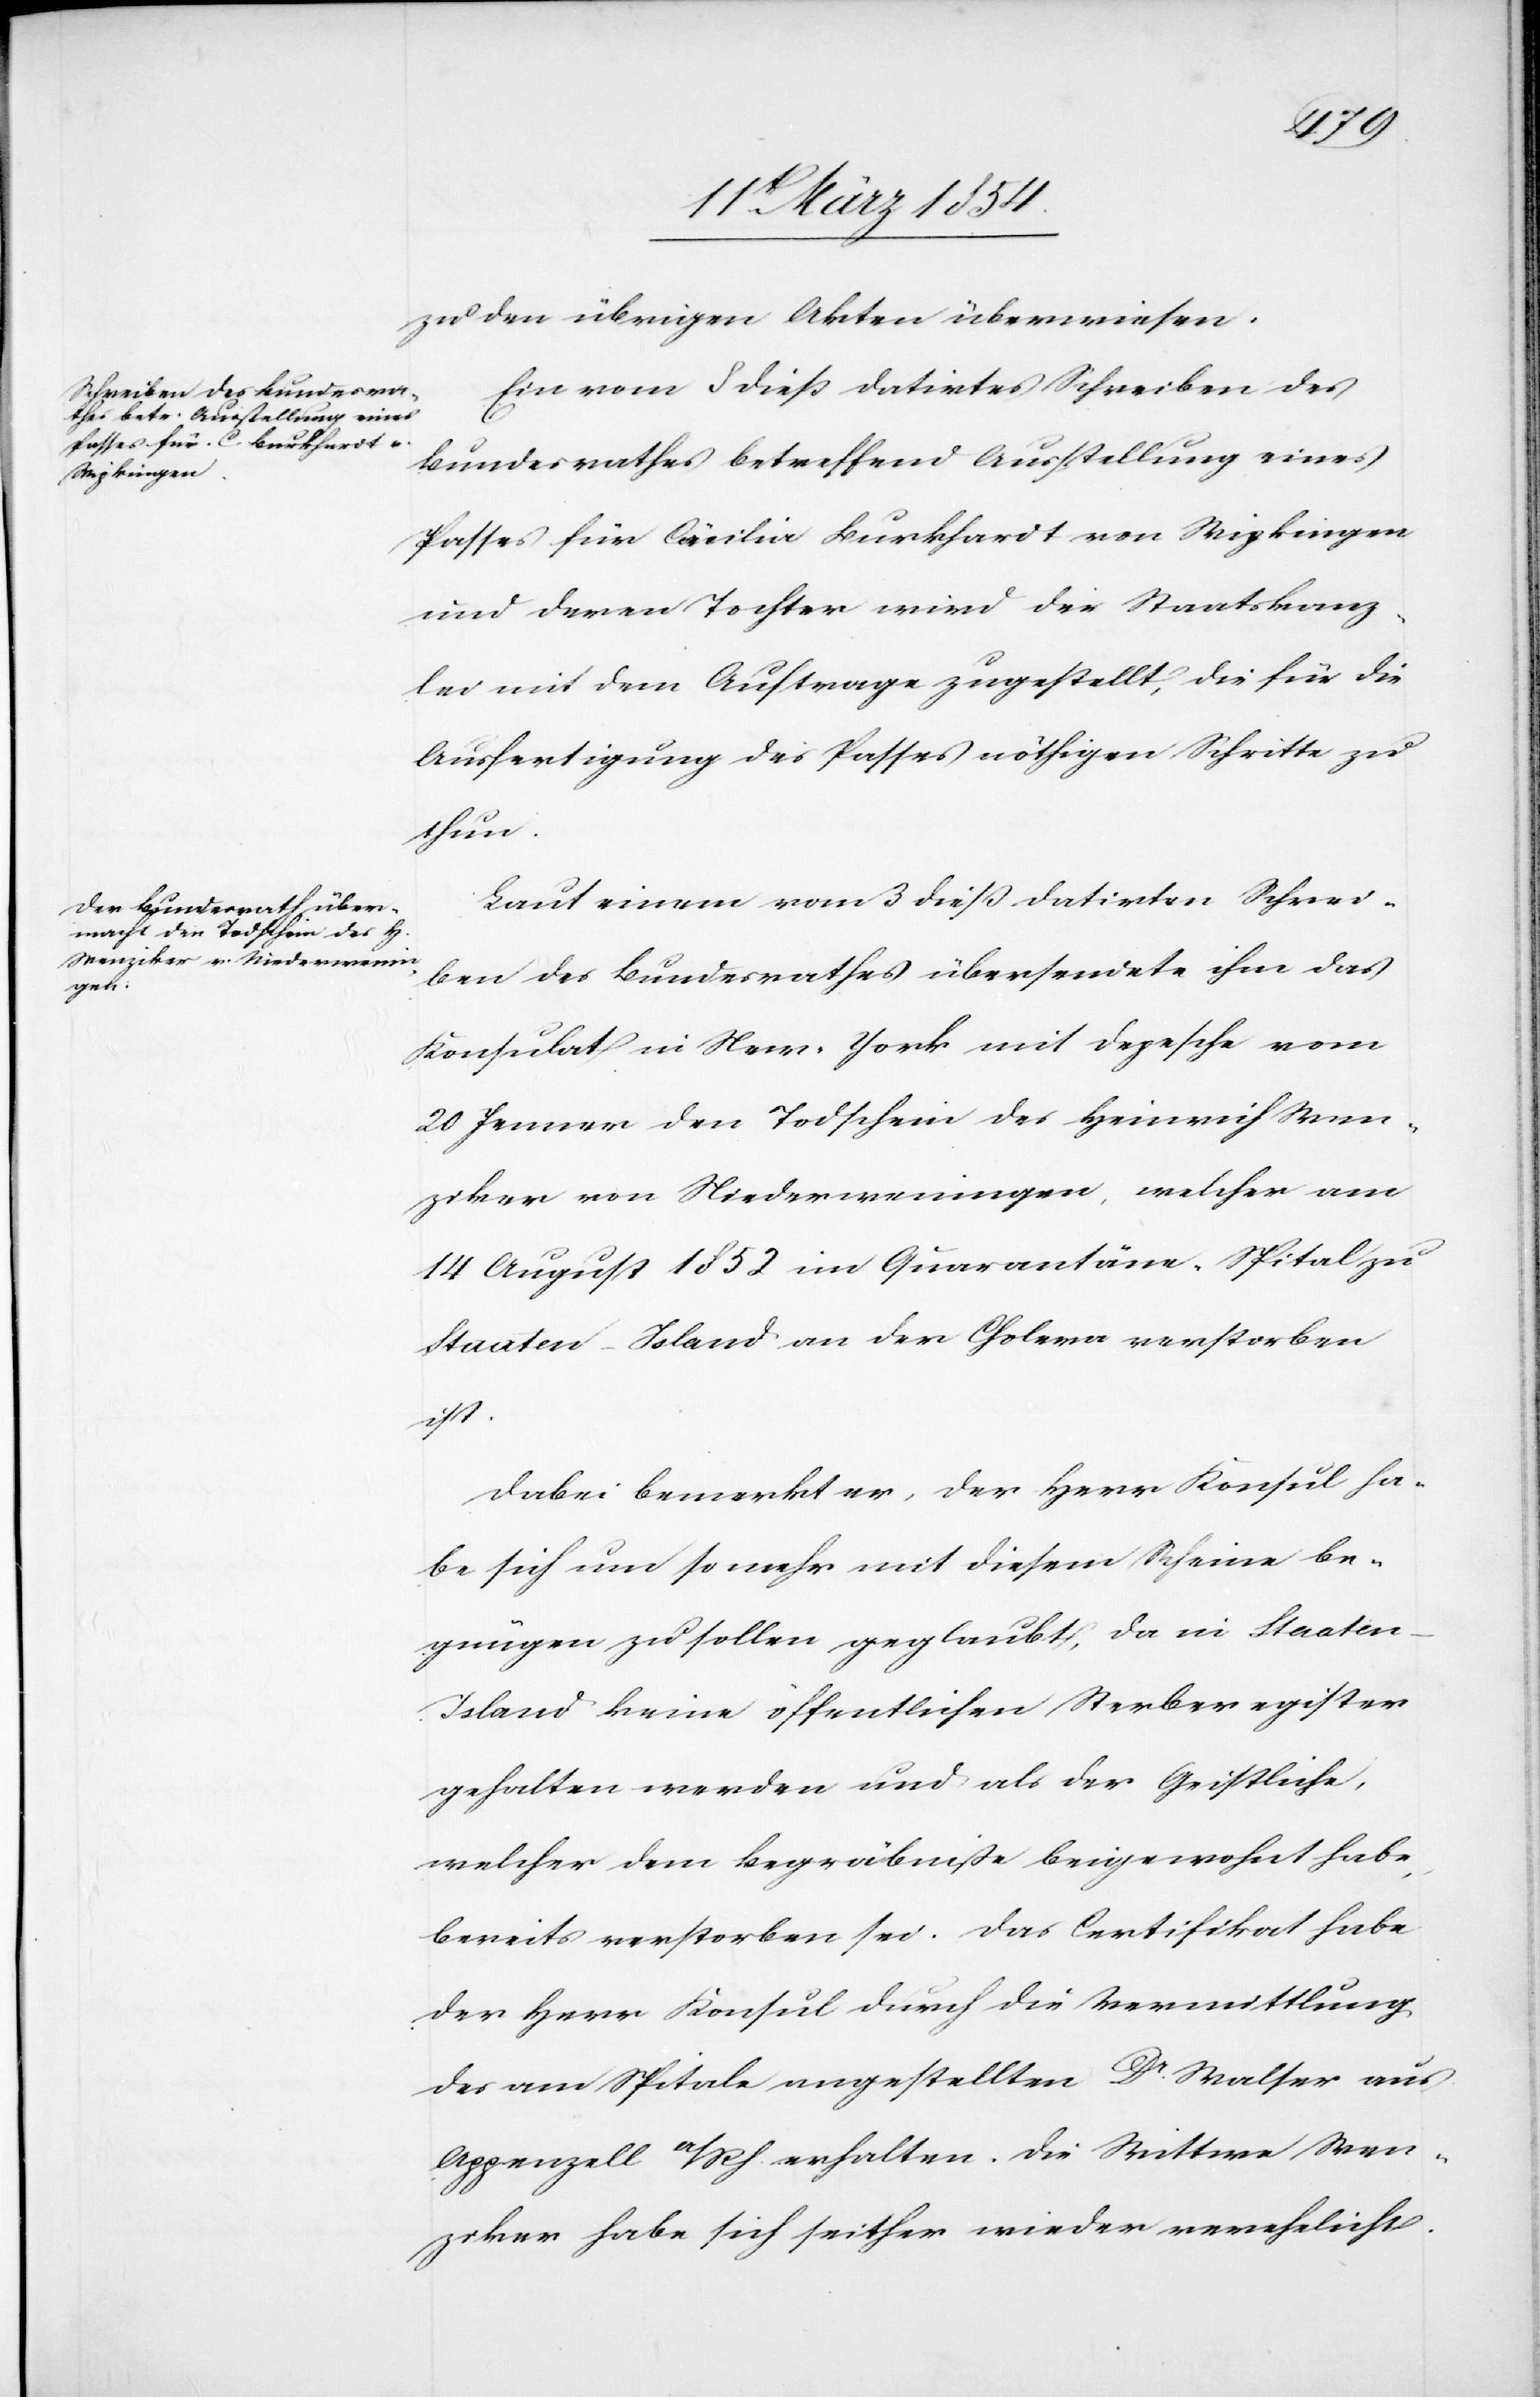
zu den übrigen Akten überwiesen.
Ein vom 8 dieß datirtes Schreiben des
Bundesrathes betreffend Ausstellung eines
Passes für Cäcilia Burkhardt von Wipkingen
und deren Tochter wird der Staatskanz¬
lei mit dem Auftrage zugestellt, die für die
Ausfertigung des Passes nöthigen Schritte zu
tun.
Laut einem vom 3 dies datirten Schrei¬
ben des Bundesrathes übersendete ihm das
Konsulat in New-York mit Depesche vom
20 Jenner den Todschein des Heinrich Wen¬
ziker von Niederweningen, welcher am
14 August 1852 im Quarantäne-Spital zu
Staaten-Island an der Cholera verstorben
ist.
Dabei bemerkt er, der Herr Konsul ha¬
be sich um so mehr mit diesem Scheine be¬
gnügen zu sollen geglaubt, da in Staaten-I¬
sland keine öffentlichen Sterberegister
gehalten werden und als der Geistliche,
welcher dem Begräbniße beigewohnt habe,
bereits verstorben sei. Das Certifikat habe
der Herr Konsul durch die Vermittlung
des am Spitale angestellten Dr Walser aus
Appenzell a/Rh. erhalten. Die Wittwe Wen¬
ziker habe sich seither wieder verehelicht.